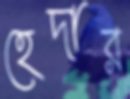
হেদার